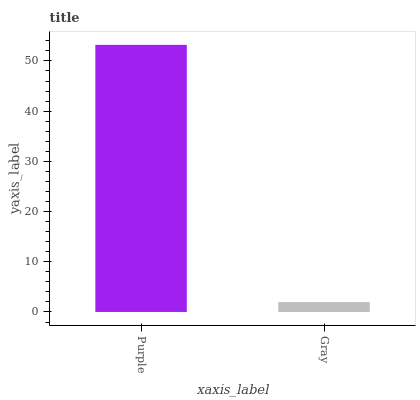
| xaxis_label | bars |
 | --- | --- |
 | Purple | 53.2 |
 | Gray | 1.98 |